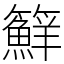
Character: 䉳